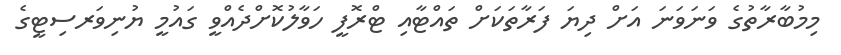
މިމުބާރާތުގެ ވަނަވަނަ އަށް ދިޔަ ފަރާތަކަށް ތައްޓާއި ޓްރޮފީ ހަވާލުކޮށްދެއްވީ ގައުމީ ޔުނިވަރސިޓީގެ